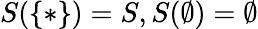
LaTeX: S(\{ *\} )=S,S(\emptyset)=\emptyset